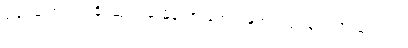
ဒါပေမဲ့ အတတ်နိုင်ဆုံး မှေးမှိန်သွားအောင်တော့ လုပ်ပေးလို့ရပါတယ်။